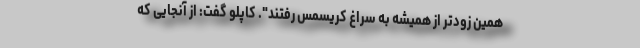
همین زودتر از همیشه به سراغ کریسمس رفتند". کاپلو گفت: از آنجایی که